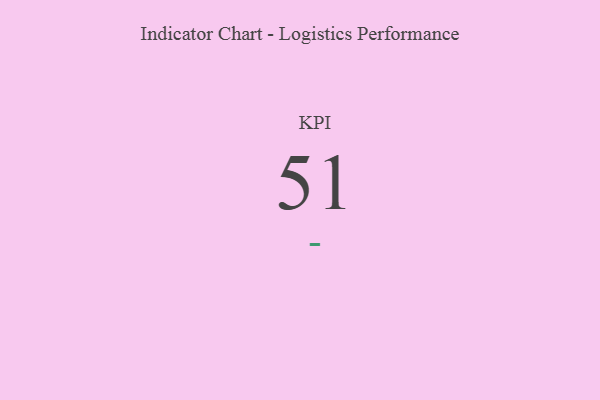
{"axis": {"x": "KPI", "y": "Value"}, "legend": [""], "data": [{"x": "KPI", "y": 51, "type": ""}]}